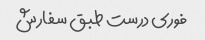
فوری درست طبق سفارش